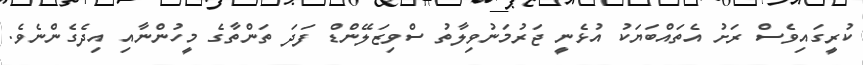
ކުރީގައިވެސް ރަށު އެތައްބަޔަކު އުޅެނީ ޖަރުމަނުވިލާތު ސްވިޒަލޭންޑް ފަދަ ތަންތާގެ މީހުންނާއި އިދެގެންނެވެ.